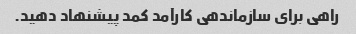
راهی برای سازماندهی کارآمد کمد پیشنهاد دهید.